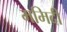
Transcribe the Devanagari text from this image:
ममिदी